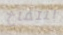
انتفاخ